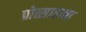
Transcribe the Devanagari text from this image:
प्रोत्साहना